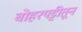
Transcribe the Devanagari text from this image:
बोहरपट्टीतून